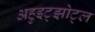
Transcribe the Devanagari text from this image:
अहुइट्झोट्ल